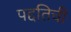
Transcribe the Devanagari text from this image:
पद्दतिची